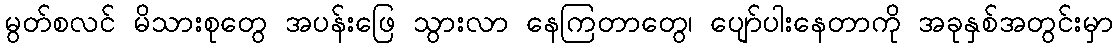
မွတ်စလင် မိသားစုတွေ အပန်းဖြေ သွားလာ နေကြတာတွေ၊ ပျော်ပါးနေတာကို အခုနှစ်အတွင်းမှာ